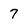
Character: 7